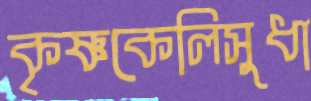
কৃষ্ণকেলিসুধা